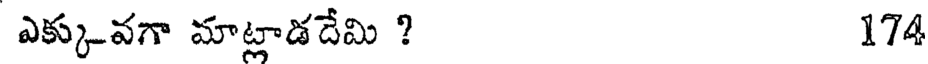
ఎక్కువగా మాట్లాడదేమి ? 174